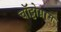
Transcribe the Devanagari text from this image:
चॉट्टोग्राम